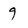
Character: 9